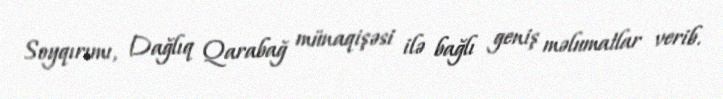
Soyqırımı, Dağlıq Qarabağ münaqişəsi ilə bağlı geniş məlumatlar verib.